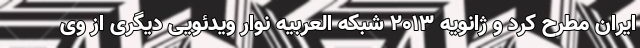
ایران مطرح کرد و ژانویه 2013 شبکه العربیه نوار ویدئویی دیگری از وی